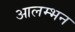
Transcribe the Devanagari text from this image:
आलम्भन